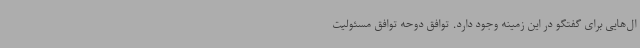
ال‌هایی برای گفتگو در این زمینه وجود دارد. توافق دوحه توافق مسئولیت‌